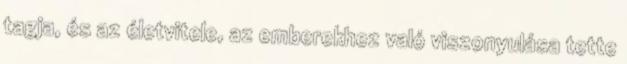
tagja, és az életvitele, az emberekhez való viszonyulása tette